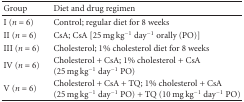
<table><thead><tr><td><b>Group</b></td><td><b>Diet and drug regimen</b></td></tr></thead><tbody><tr><td>I (<i>n</i> = 6)</td><td>Control; regular diet for 8 weeks</td></tr><tr><td>II (<i>n</i> = 6)</td><td>CsA; CsA [25 mg kg<sup>−1</sup> day<sup>−1</sup> orally (PO)]</td></tr><tr><td>III (<i>n</i> = 6)</td><td>Cholesterol; 1% cholesterol diet for 8 weeks</td></tr><tr><td>IV (<i>n</i> = 6)</td><td>Cholesterol + CsA; 1% cholesterol + CsA (25 mg kg<sup>−1</sup> day<sup>−1</sup> PO)</td></tr><tr><td>V (<i>n</i> = 6)</td><td>Cholesterol + CsA + TQ; 1% cholesterol + CsA (25 mg kg<sup>−1</sup> day<sup>−1</sup> PO) + TQ (10 mg kg<sup>−1</sup> day<sup>−1</sup> PO)</td></tr></tbody></table>